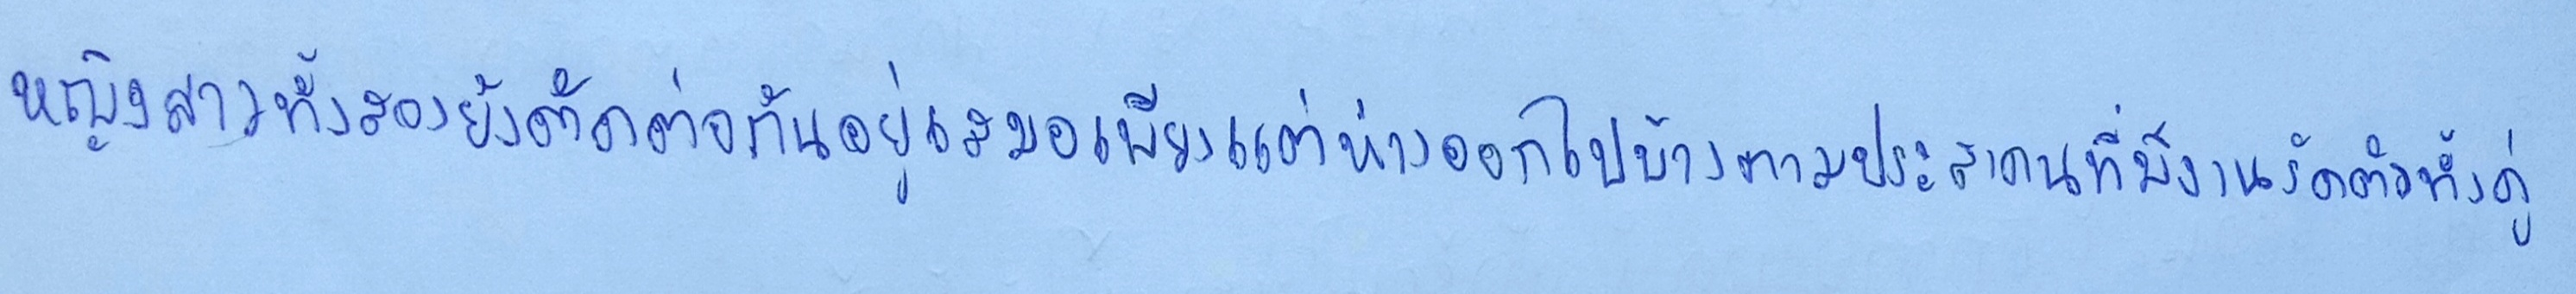
หญิงสาวทั้งสองยังติดต่อกันอยู่เสมอเพียงแต่ห่างออกไปบ้างตามประสาคนที่มีงานรัดตัวทั้งคู่